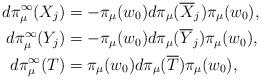
LaTeX: \begin{align*} d\pi_\mu^\infty(X_j) &= -\pi_\mu(w_0)d\pi_\mu(\overline{X}_j)\pi_\mu(w_0),\\ d\pi_\mu^\infty(Y_j) &= -\pi_\mu(w_0)d\pi_\mu(\overline{Y}_j)\pi_\mu(w_0),\\ d\pi_\mu^\infty(T) &= \pi_\mu(w_0)d\pi_\mu(\overline{T})\pi_\mu(w_0),\end{align*}